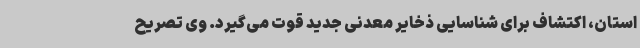
استان، اکتشاف برای شناسایی ذخایر معدنی جدید قوت می‌گیرد. وی تصریح